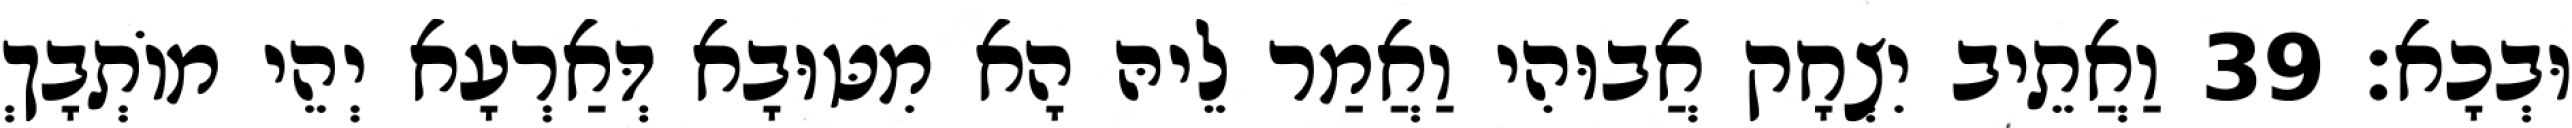
וּבְכָא׃ 39 וַאֲתֵיב יִצְחָק אֲבוּהִי וַאֲמַר לֵיהּ הָא מִטּוּבָא דְּאַרְעָא יְהֵי מוֹתְבָךְ